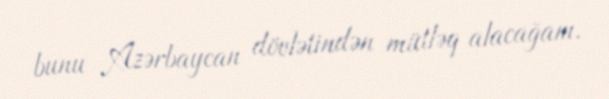
bunu Azərbaycan dövlətindən mütləq alacağam.